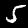
Label: 5